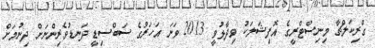
ގްރިކަލްޗާ މިނިސްޓްރީގެ އޮފިޝަލަކު ވިދާޅުވީ 2013 ވަނަ އަހަރުގެ ސަބްސިޑީ ދަނޑުވެރިންނަށް ދިނުމަށް